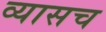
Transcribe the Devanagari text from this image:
व्यासच